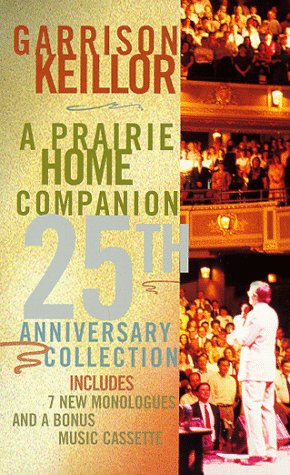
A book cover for A Prairie Home Companion 25th Anniversary Collection; Garrison Keillor; Humor & Entertainment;